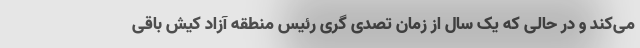
می‌کند و در حالی که یک سال از زمان تصدی گری رئیس منطقه آزاد کیش باقی